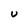
Character: U